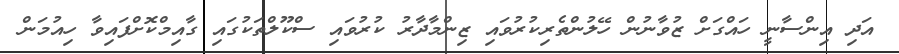
އަދި އިންސާނީ ހައްގަށް ޒުވާނުން ހޭލުންތެރިކުރުވައި ޒިންމާދާރު ކުރުވައި ސްކޫލްތަކުގައި ގާއިމްކޮށްފައިވާ ހިއުމަން